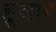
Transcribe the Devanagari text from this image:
हूसार